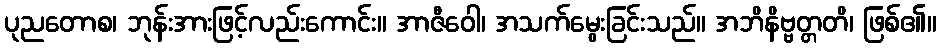
ပုညတောစ၊ ဘုန်းအားဖြင့်လည်းကောင်း။ အာဇီဝေါ၊ အသက်မွေးခြင်းသည်။ အဘိနိဗ္ဗတ္တတိ၊ ဖြစ်၏။